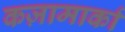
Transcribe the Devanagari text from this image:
कज़ामार्का